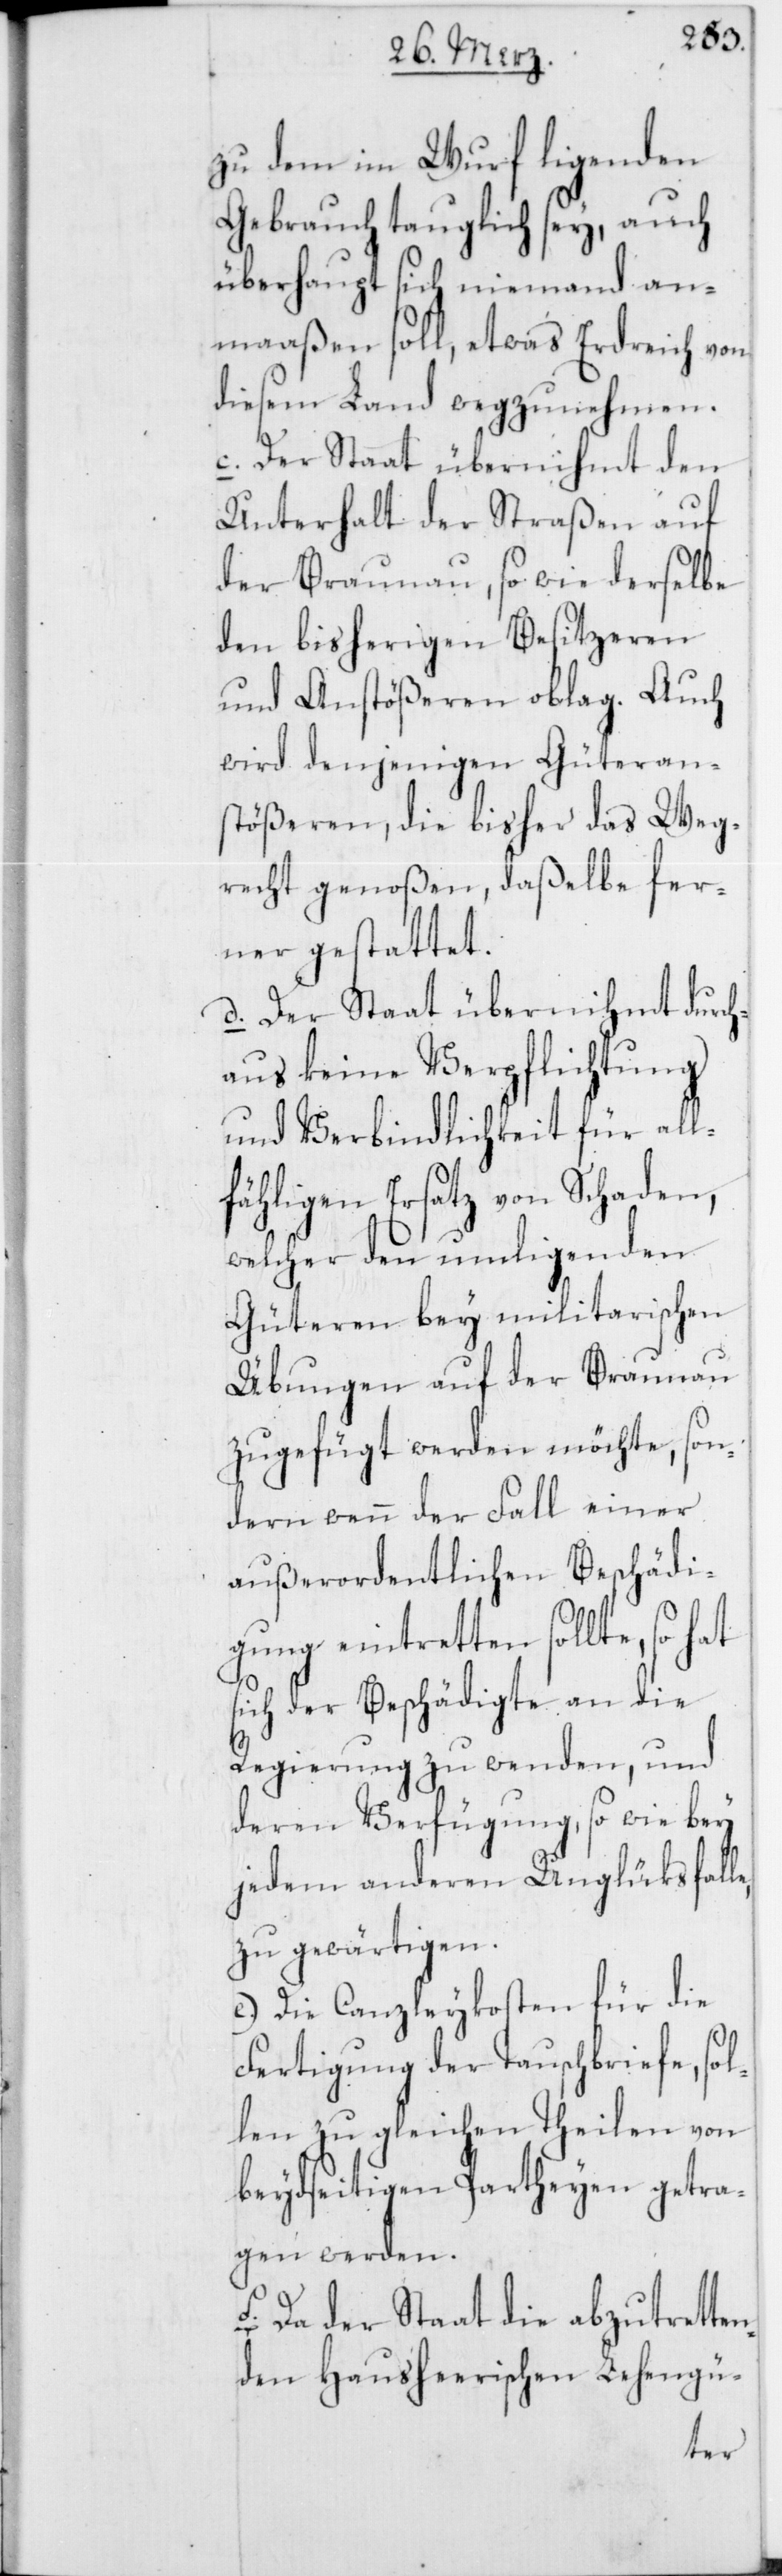
zu dem im Wurf ligenden
Gebrauch tauglich sey, auch
überhaupt sich niemand an¬
maßen soll, etwas Erdreich von
diesem Land wegzunehmen.
c. Der Staat übernihmt den
Unterhalt der Straßen auf
der Braunau, sowie derselbe
den bisherigen Besitzeren
und Anstößeren oblag. Auch
wird denjenigen Güteran¬
stößeren, die bisher das Weg¬
recht genoßen, daßelbe fer¬
ner gestattet.
d. Der Staat übernihmt durch¬
aus keine Verpflichtung
und Verbindlichkeit für all¬
fähligen Ersatz von Schaden,
welcher den umligenden
Güteren bey militairischen
Übungen auf der Braunau
zugefügt werden möchte, son¬
dern wenn der Fall einer
außerordentlichen Beschädi¬
gung eintretten sollte, so hat
sich der Beschädigte an die
Regierung zu wenden, und
deren Verfügung, so wie bey
jedem anderen Unglüksfalle,
zu gewärtigen.
e. Die Canzleykosten für die
Fertigung der Tauschbriefe, sol¬
len zu gleichen Theilen von
beydseitigen Partheyen getra¬
gen werden.
f. Da der Staat die abzutrette¬
nden Hausheerischen Lehengü-